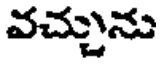
వచ్చును